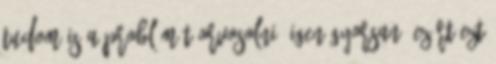
tudom is a problémát orvosolni. Igen gyorsan. Ezért ezt